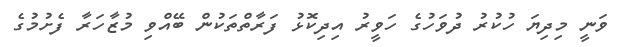
ވަނީ މިދިޔަ ހުކުރު ދުވަހުގެ ހަވީރު އިދިކޮޅު ފަރާތްތަކުން ބޭއްވި މުޒާހަރާ ފެށުމުގެ